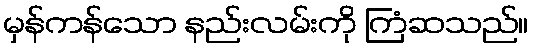
မှန်ကန်သော နည်းလမ်းကို ကြံဆသည်။